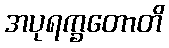
အပုရက္ခတောတိ